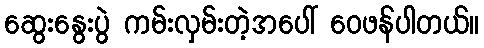
ဆွေးနွေးပွဲ ကမ်းလှမ်းတဲ့အပေါ် ဝေဖန်ပါတယ်။